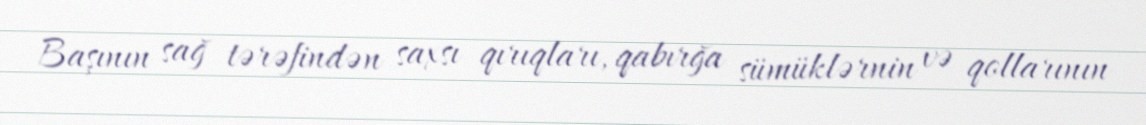
Başının sağ tərəfindən saxsı qırıqları, qabırğa sümüklərnin və qollarının